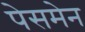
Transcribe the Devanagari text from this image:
पेसमेन